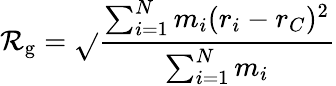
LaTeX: \mathcal{R}_{\mathrm{{g}}}={\sqrt{}{{\frac{{\sum_{i=1}^{N}m_{i}(r_{i}-r_{C})^{2}}}{{\sum_{i=1}^{N}m_{i}}}}}}